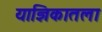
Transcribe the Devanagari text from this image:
याज्ञिकातला